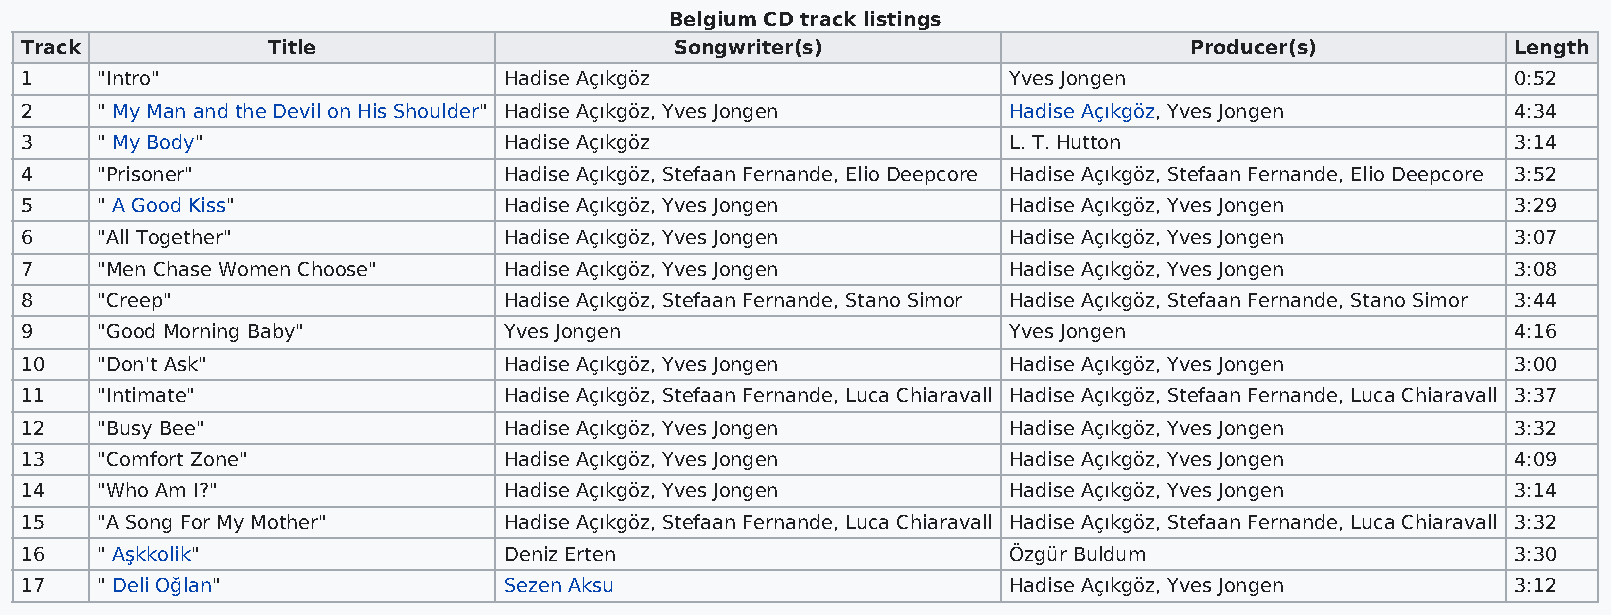
Belgium CD track listings
 Track            Title                      Songwriter(s)                     Producer(s)          Length
 1    "Intro"                    Hadise Açıkgöz                    Yves Jongen                      0:52
 2    " My Man and the Devil on His Shoulder" Hadise Açıkgöz, Yves Jongen Hadise Açıkgöz, Yves Jongen 4:34
 3    " My Body"                 Hadise Açıkgöz                    L. T. Hutton                     3:14
 4    "Prisoner"                 Hadise Açıkgöz, Stefaan Fernande, Elio Deepcore Hadise Açıkgöz, Stefaan Fernande, Elio Deepcore 3:52
 5    " A Good Kiss"             Hadise Açıkgöz, Yves Jongen       Hadise Açıkgöz, Yves Jongen      3:29
 6    "All Together"             Hadise Açıkgöz, Yves Jongen       Hadise Açıkgöz, Yves Jongen      3:07
 7    "Men Chase Women Choose"   Hadise Açıkgöz, Yves Jongen       Hadise Açıkgöz, Yves Jongen      3:08
 8    "Creep"                    Hadise Açıkgöz, Stefaan Fernande, Stano Simor Hadise Açıkgöz, Stefaan Fernande, Stano Simor 3:44
 9    "Good Morning Baby"        Yves Jongen                       Yves Jongen                      4:16
 10   "Don't Ask"                Hadise Açıkgöz, Yves Jongen       Hadise Açıkgöz, Yves Jongen      3:00
 11   "Intimate"                 Hadise Açıkgöz, Stefaan Fernande, Luca Chiaravall Hadise Açıkgöz, Stefaan Fernande, Luca Chiaravall 3:37
 12   "Busy Bee"                 Hadise Açıkgöz, Yves Jongen       Hadise Açıkgöz, Yves Jongen      3:32
 13   "Comfort Zone"             Hadise Açıkgöz, Yves Jongen       Hadise Açıkgöz, Yves Jongen      4:09
 14   "Who Am I?"                Hadise Açıkgöz, Yves Jongen       Hadise Açıkgöz, Yves Jongen      3:14
 15   "A Song For My Mother"     Hadise Açıkgöz, Stefaan Fernande, Luca Chiaravall Hadise Açıkgöz, Stefaan Fernande, Luca Chiaravall 3:32
 16   " Aşkkolik"                Deniz Erten                       Özgür Buldum                     3:30
 17   " Deli Oğlan"              Sezen Aksu                        Hadise Açıkgöz, Yves Jongen      3:12